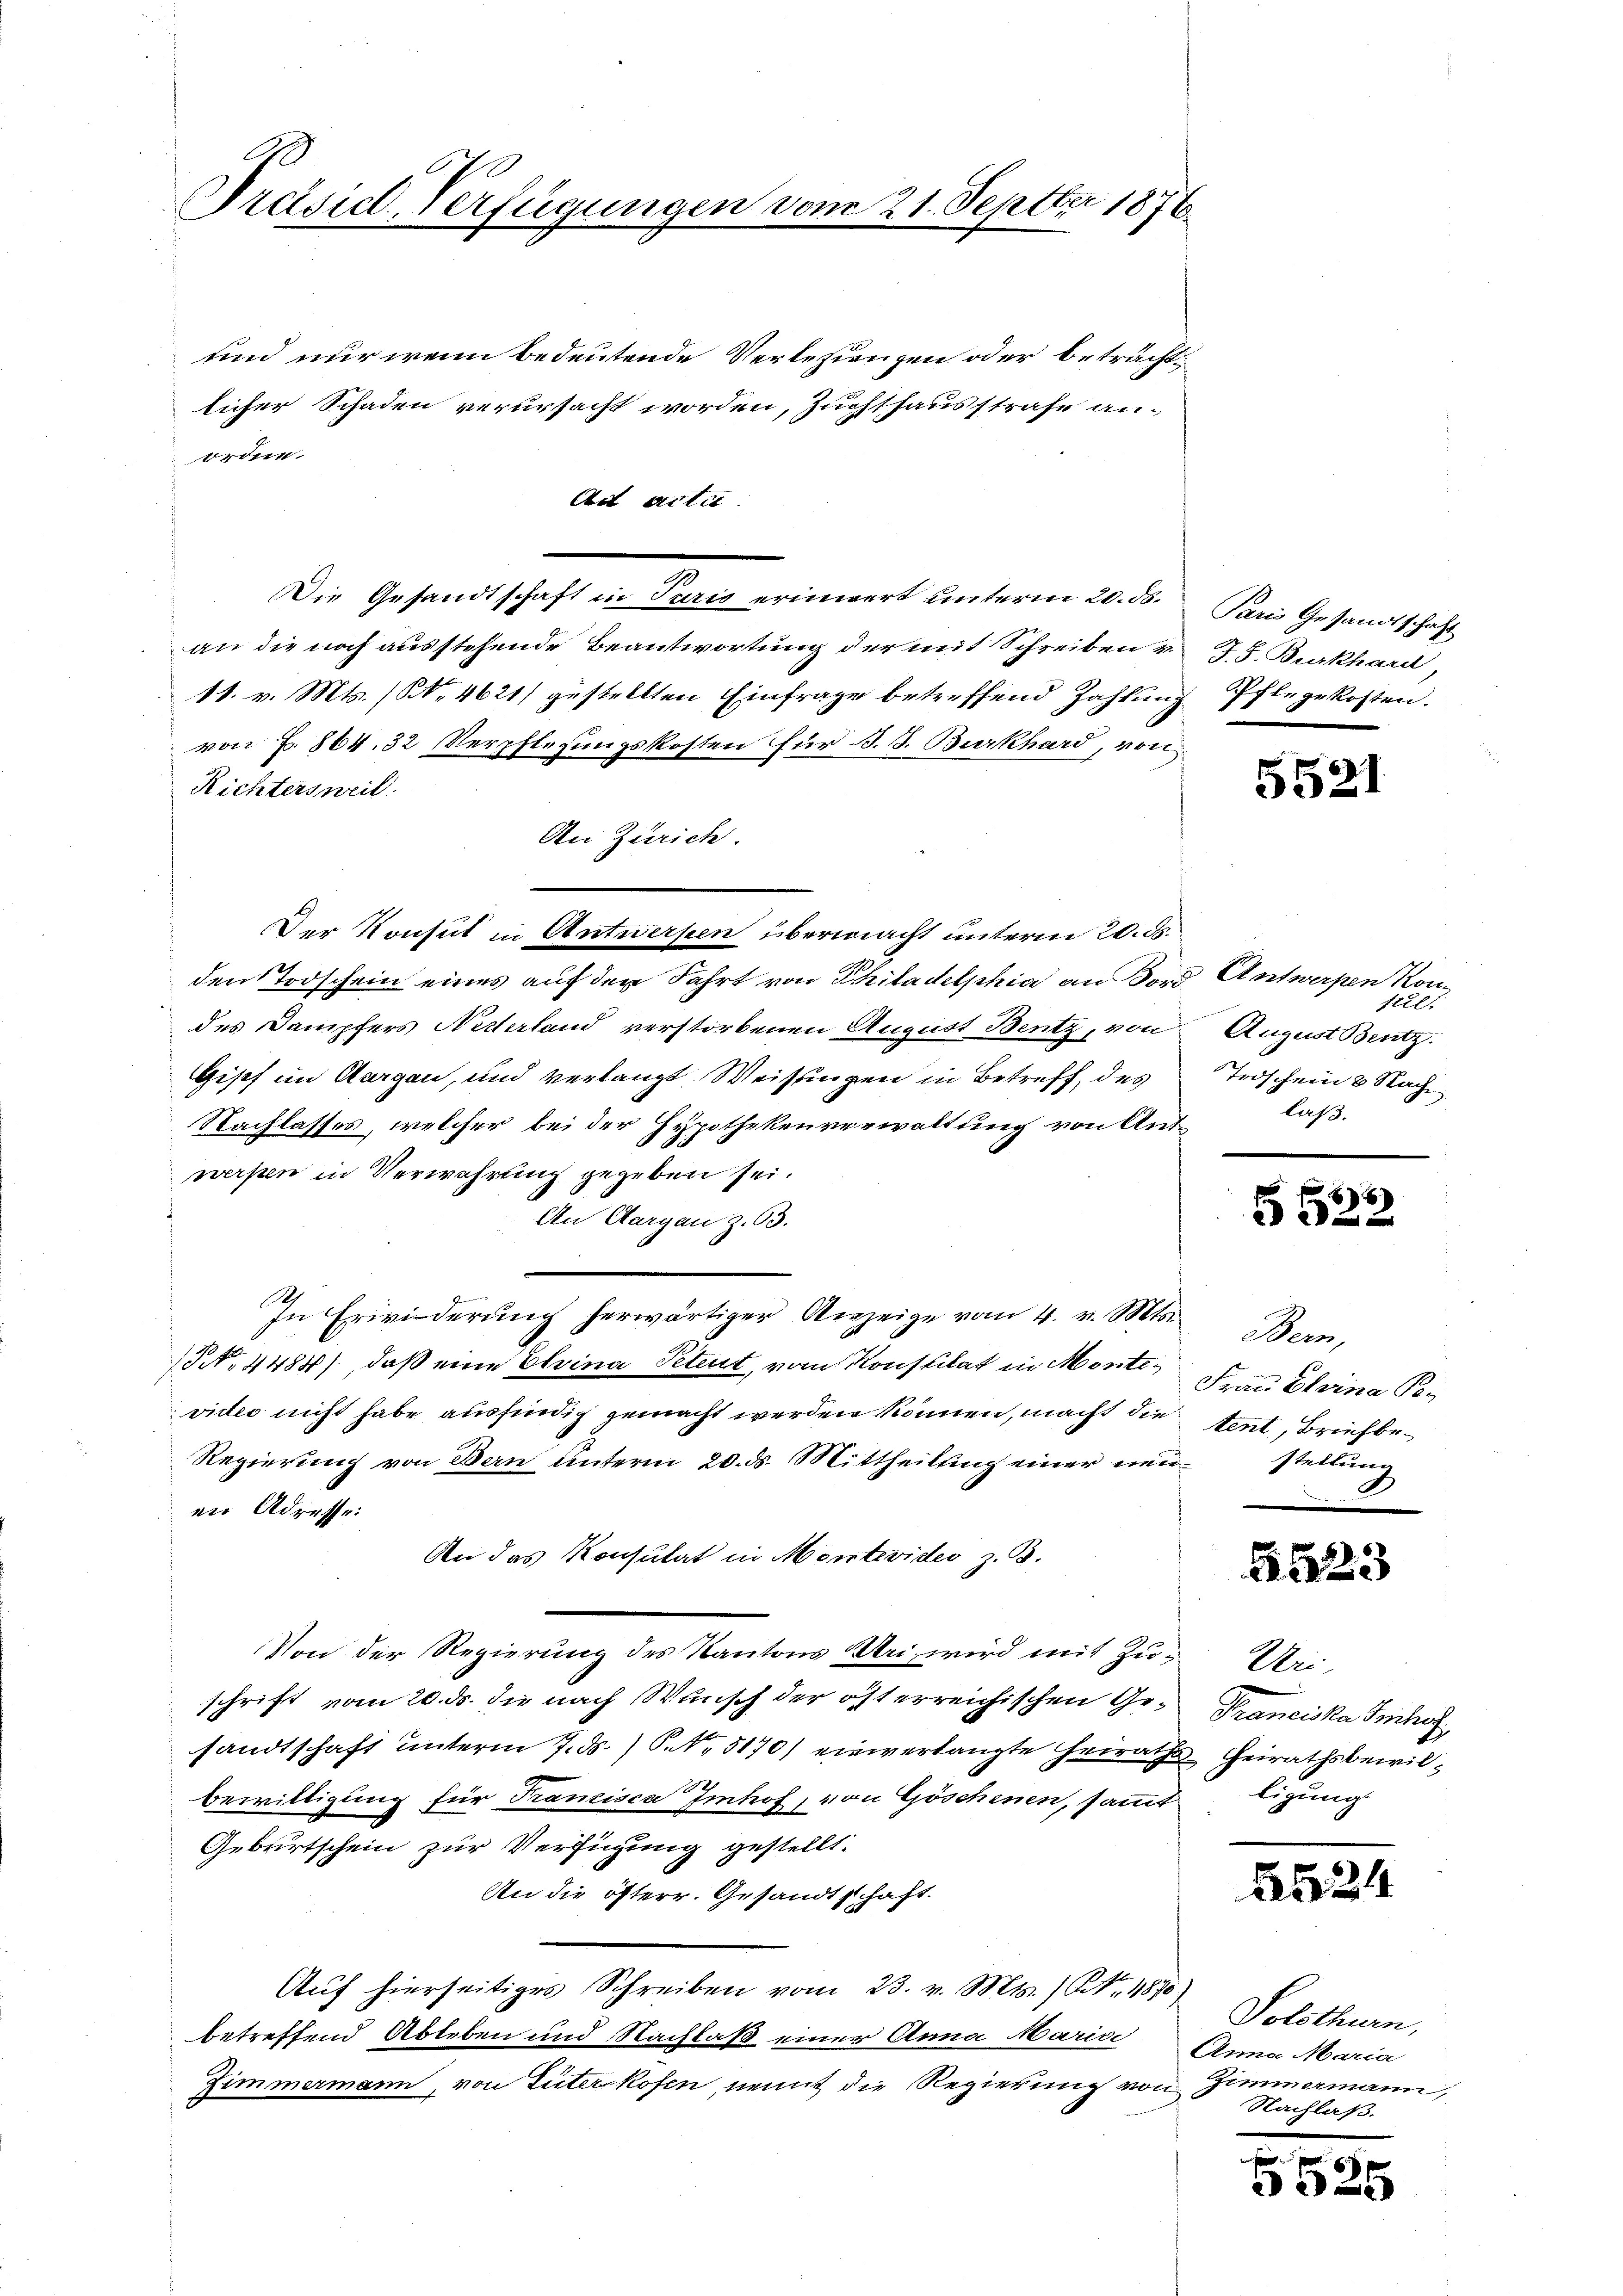
Präsid. Verfügungen vom 21. Septbr 1876.

und nur wenn bedeutende Verlesungen oder beträchtlicher Schaden verursacht worden, Zuchthausstrafe an-
ordne.
Ad acte
7
Die Gesandtschaft in Paris erinnert unterm 20. ds.
an die noch ausstehende Beantwortung der mit Schreiben v. J. J. Burkhard,
11. v. Mts. (NNo. 4621) gestellten Einfrage betreffend Zahlung Pflegekosten.
von f. 864. 32 Verpflegungskosten für B. S. Burkhard, von
Richtersweil
An Zürich.
Der Konsul in Antwerfen übermacht unterm 20. ds.
den Todschein eines auf den Fahrt von Philadelphia an Bord Antwerpen Kondes Dampfers Nederland verstorbenen August Bentz, von August Bentz
Gipf im Aargau, und verlangt Weisungen in Betreff des
Nachlasses, welcher bei der Hypothekenverwaltung von Antwerpen in Verwahrung gegeben sei.
An Aargau Z. 63.
In Erwiderŭng herwärtiger Anzeige vom 4. v. Mts.
NNo. 4484), daß eine Erina Petent, vom Konstilat in Monte Frau Evina Pevices nicht habe ausfindig gemacht werden können, macht die
Regierung von Bern unterm 20. ds. Mittheilung einer neuestellung
en Adresse:
An das Konsulat in Montevides z. B.
Von der Regierung des Kantons Uri, wird mit Zuschrift vom 20. ds. die nach Wunsch der österreichischen Gesandtschaft unterm 7. ds.) P. Nr. 5170) einverlangte Heiraths-Heirathsbewil¬
Bewilligung für Franzisca Imhof, von Göschenen, sammt
Geburtschein zur Verfügung gestellt.
An die öfterr. Gesandtschaft.
Auf hierseitiges Schreiben vom 23. v. Mts. No. 11870)
betreffend Ableben und Nachlaß einer Anna Marie
Zimmermann, von Güterkofen, nennt die Regierung von Zimmermann,

Paris Gesandtschaft

5521

seel.
Todschein 2 Nach
laß.

6

Mem,
tent, Briefbe¬

5523

Uri,
Pranciska Siches,
ligung

244

Solothurn,
Anna Maria
Nachlaß.

5525